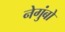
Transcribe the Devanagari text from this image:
नेगुंबो